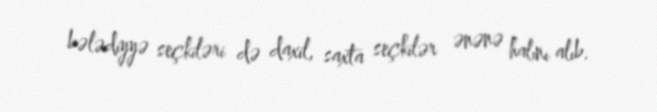
bələdiyyə seçkiləri də daxil, saxta seçkilər ənənə halını alıb.